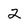
Character: 2